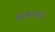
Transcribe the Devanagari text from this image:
वाकणार